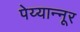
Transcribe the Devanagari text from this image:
पेय्यान्‍नूर